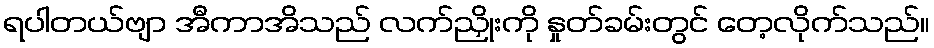
ရပါတယ်ဗျာ အီကာအိသည် လက်ညှိုးကို နှုတ်ခမ်းတွင် တေ့လိုက်သည်။